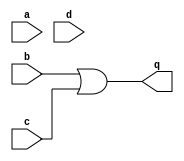
module top_module (
    input a,
    input b,
    input c,
    input d,
    output q
);
    assign q = b || c;

endmodule